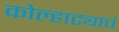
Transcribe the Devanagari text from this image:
कोल्हाट्याचं